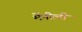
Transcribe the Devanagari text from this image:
मेंनीली